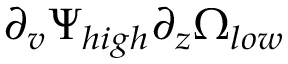
\partial _ { v } \Psi _ { h i g h } \partial _ { z } \Omega _ { l o w }